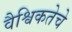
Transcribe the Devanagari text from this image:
वैश्विकतेचे